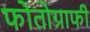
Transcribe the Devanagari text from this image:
फोतोग्राफी